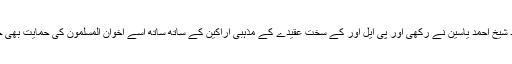
اس کی بنیاد شیخ احمد یاسین نے رکھی اور پی ایل اور کے سخت عقیدے کے مذہبی اراکین کے ساتھ ساتھ اسے اخوان المسلمون کی حمایت بھی حاصل رہی۔